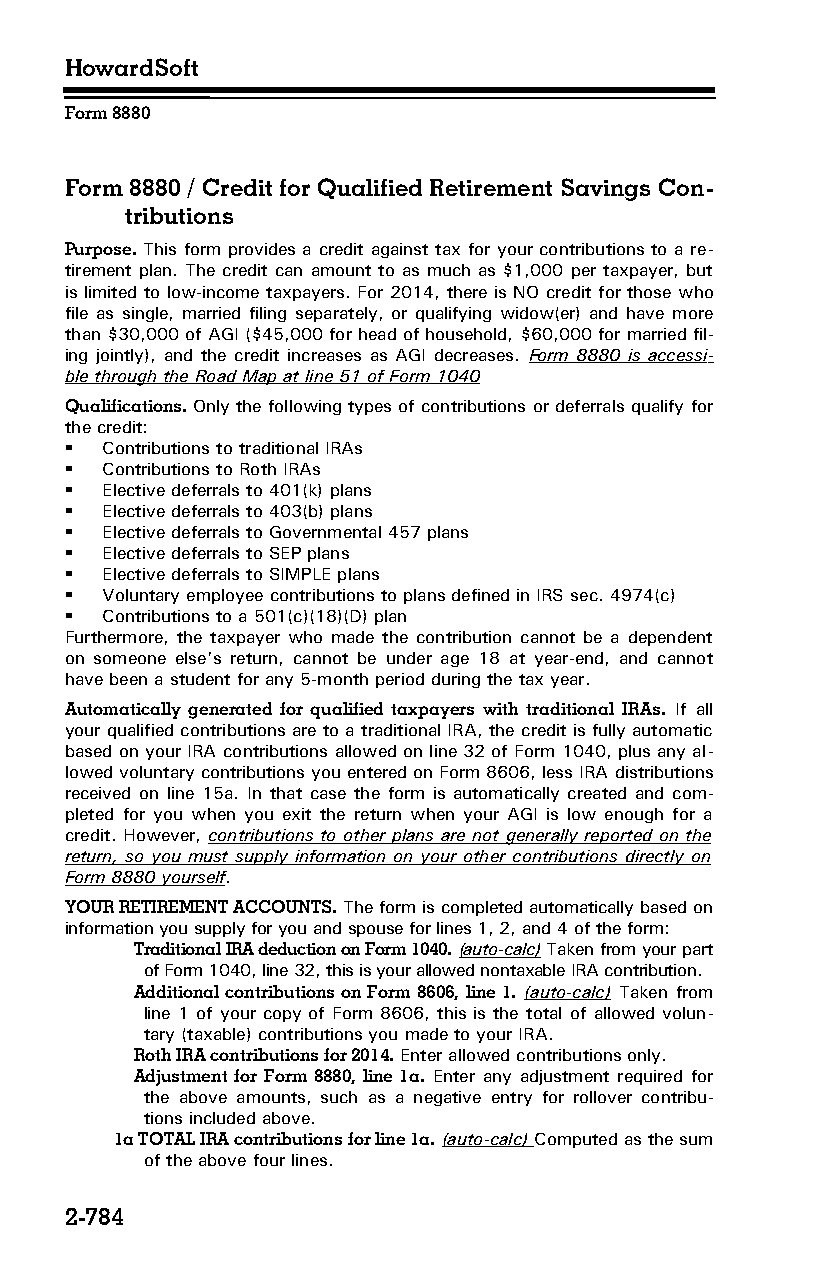
HowardSoft
 Form 8880
 Form 8880 / Credit for Qualified Retirement Savings Con­
 tributions
 Purpose. This form provides a credit against tax for your contributions to a re­
 tirement plan. The credit can amount to as much as $1,000 per taxpayer, but
 is limited to low-income taxpayers. For 2014, there is NO credit for those who
 file as single, married filing separately, or qualifying widow(er) and have more
 than $30,000 of AGI ($45,000 for head of household, $60,000 for married fil­
 ing jointly), and the credit increases as AGI decreases. Form 8880 is accessi­
 ble through the Road Map at line 51 of Form 1040
 Qualifications. Only the following types of contributions or deferrals qualify for
 the credit:
   Contributions to traditional IRAs
   Contributions to Roth IRAs
   Elective deferrals to 401(k) plans
   Elective deferrals to 403(b) plans
   Elective deferrals to Governmental 457 plans
   Elective deferrals to SEP plans
   Elective deferrals to SIMPLE plans
   Voluntary employee contributions to plans defined in IRS sec. 4974(c)
   Contributions to a 501(c)(18)(D) plan
 Furthermore, the taxpayer who made the contribution cannot be a dependent
 on someone else’s return, cannot be under age 18 at year-end, and cannot
 have been a student for any 5-month period during the tax year.
 Automatically generated for qualified taxpayers with traditional IRAs. If all
 your qualified contributions are to a traditional IRA, the credit is fully automatic
 based on your IRA contributions allowed on line 32 of Form 1040, plus any al­
 lowed voluntary contributions you entered on Form 8606, less IRA distributions
 received on line 15a. In that case the form is automatically created and com­
 pleted for you when you exit the return when your AGI is low enough for a
 credit. However, contributions to other plans are not generally reported on the
 return, so you must supply information on your other contributions directly on
 Form 8880 yourself.
 YOUR RETIREMENT ACCOUNTS. The form is completed automatically based on
 information you supply for you and spouse for lines 1, 2, and 4 of the form:
 Traditional IRA deduction on Form 1040. (auto-calc) Taken from your part
 of Form 1040, line 32, this is your allowed nontaxable IRA contribution.
 Additional contributions on Form 8606, line 1. (auto-calc) Taken from
 line 1 of your copy of Form 8606, this is the total of allowed volun­
 tary (taxable) contributions you made to your IRA.
 Roth IRA contributions for 2014. Enter allowed contributions only.
 Adjustment for Form 8880, line 1a. Enter any adjustment required for
 the above amounts, such as a negative entry for rollover contribu­
 tions included above.
 1a TOTAL IRA contributions for line 1a. (auto-calc) Computed as the sum
 of the above four lines.
 2-784